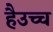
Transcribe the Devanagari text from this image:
हैउच्च